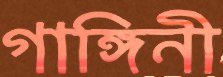
গাঙ্গিনী